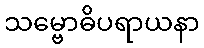
သမ္ဗောဓိပရာယနာ